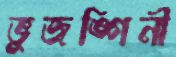
ভুজঙ্গিনী